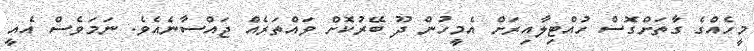
މީހެއްގެ ގާތަށްގޮސް ހުއްޓިލާއިރަށް އެމީހުން ދޫ ބޭރުކޮށް ވައްތަރެއް ޖައްސާނެއެވެ. ނަމަވެސް އެއީ